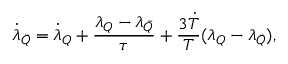
{ \dot { \lambda } } _ { \bar { Q } } = { \dot { \lambda } _ { Q } } + \frac { \lambda _ { Q } - \lambda _ { \bar { Q } } } { \tau } + \frac { 3 { \dot { T } } } { T } ( \lambda _ { Q } - \lambda _ { \bar { Q } } ) ,